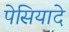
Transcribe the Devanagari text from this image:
पेसियादे